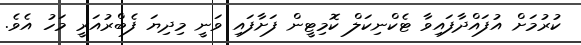
ކުރުމަށް އުފައްދާފައިވާ ޓެކްނިކަލް ކޮމިޓީން ފަށާފައި ވަނީ މިދިޔަ ފެބްރުއަރީ މަހު އެވެ.